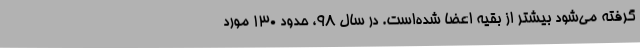
گرفته می‌شود بیشتر از بقیه اعضا شده‌است. در سال 98، حدود 130 مورد